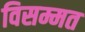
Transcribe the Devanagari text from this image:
विसम्मत